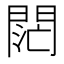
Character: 𨴤